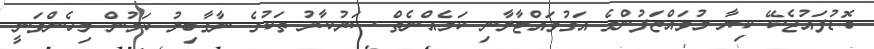
ބޮޑުފައުޖެކޭ ކިޔާ މުވައްޒަފުންގެ އަގުވައްޓާލާނި ކަމެއްނެތް ސަރުކާރު ތަކުގެ ނާގާބިލު ކަމުން މިހެންވަނީ